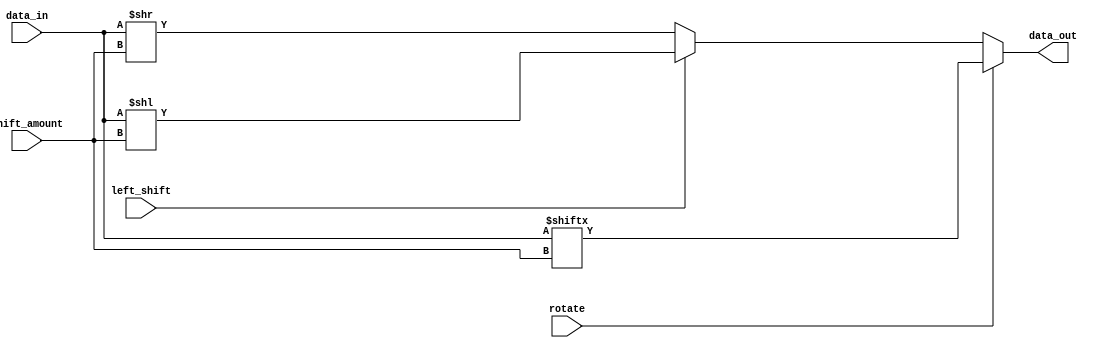
module CircularBarrelShifter (
    input wire [7:0] data_in,
    input wire [2:0] shift_amount,
    input wire left_shift,
    input wire rotate,
    output reg [7:0] data_out
);

always @(*) begin
    if (rotate) begin
        data_out = {data_in[shift_amount-1:0], data_in[7:shift_amount]};
    end else begin
        if (left_shift) begin
            data_out = data_in << shift_amount;
        end else begin
            data_out = data_in >> shift_amount;
        end
    end
end

endmodule